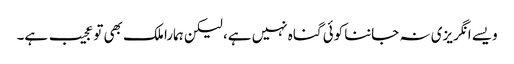
ویسے انگریزی نہ جاننا کوئی گناہ نہیں ہے، لیکن ہمارا ملک بھی تو عجیب ہے۔